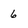
Character: 6